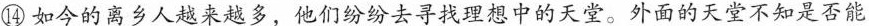
⑭如今的离乡人越来越多，他们纷纷去寻找理想中的天堂。外面的天堂不知是否能